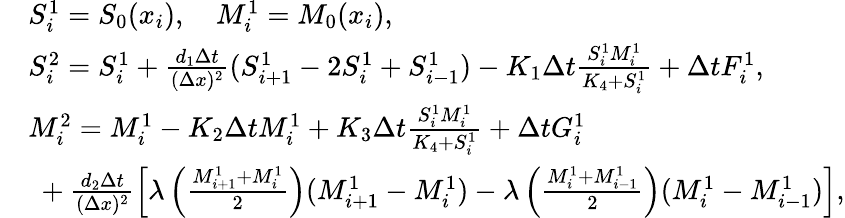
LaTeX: \begin{array}{rl}&{S_{i}^{1}=S_{0}(x_{i}),\quad M_{i}^{1}=M_{0}(x_{i}),}\\ &{S_{i}^{2}=S_{i}^{1}+\frac{d_{1}\Delta t}{(\Delta x)^{2}}(S_{i+1}^{1}-2S_{i}^{1}+S_{i-1}^{1})-K_{1}\Delta t\frac{S_{i}^{1}M_{i}^{1}}{K_{4}+S_{i}^{1}}+\Delta tF_{i}^{1},}\\ &{M_{i}^{2}=M_{i}^{1}-K_{2}\Delta tM_{i}^{1}+K_{3}\Delta t\frac{S_{i}^{1}M_{i}^{1}}{K_{4}+S_{i}^{1}}+\Delta tG_{i}^{1}}\\ &{\ +\frac{d_{2}\Delta t}{(\Delta x)^{2}}\left[\lambda\left(\frac{M_{i+1}^{1}+M_{i}^{1}}{2}\right)(M_{i+1}^{1}-M_{i}^{1})-\lambda\left(\frac{M_{i}^{1}+M_{i-1}^{1}}{2}\right)(M_{i}^{1}-M_{i-1}^{1})\right],}\end{array}